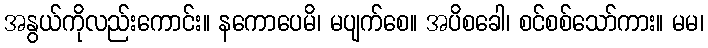
အနွယ်ကိုလည်းကောင်း။ နကောပေမိ၊ မပျက်စေ။ အပိစခေါ၊ စင်စစ်သော်ကား။ မမ၊